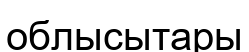
облысытары